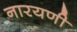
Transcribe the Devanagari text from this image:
नारयणी